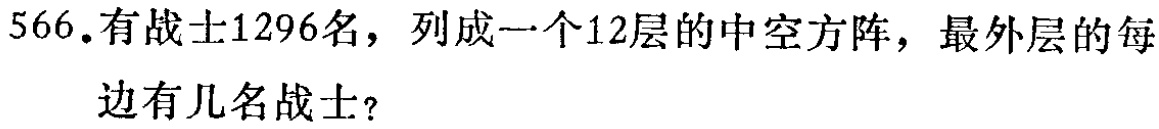
566.有战士1296名，列成一个12层的中空方阵，最外层的每

边有几名战士？